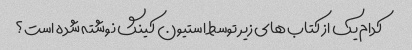
کدام یک از کتاب های زیر توسط استیون کینگ نوشته شده است؟